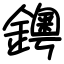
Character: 𨮁